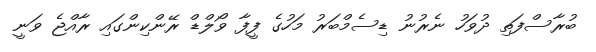
ބުރާސްފަތި ދުވަހު ނެރުނު ޑިސެމްބަރު މަހުގެ ފީފާ ވޯލްޑް ރޭންކިންގައި ރާއްޖެ ވަނީ